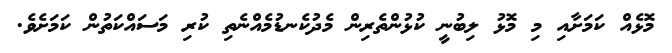
މޮޅެއް ކަމަށާއި މި މޮޅު ލިބުނީ ކުޅުންތެރިން މެދުކެނޑުމެއްނެތި ކުރި މަސައްކަތުން ކަމަށެވެ.